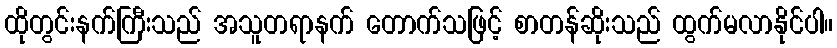
ထိုတွင်းနက်ကြီးသည် အသူတရာနက် တောက်သဖြင့် စာတန်ဆိုးသည် ထွက်မလာနိုင်ပါ။